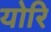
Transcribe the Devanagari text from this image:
योरि